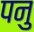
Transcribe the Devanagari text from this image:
पनु